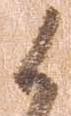
候